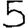
Digit: 5